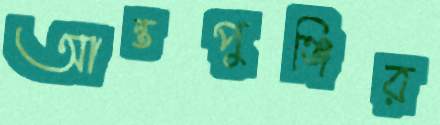
আন্তপুঞ্জির